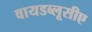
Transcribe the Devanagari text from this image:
वायडब्लूसीए